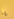
يا